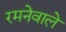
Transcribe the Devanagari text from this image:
रमनेवाले